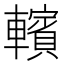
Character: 𰹩